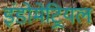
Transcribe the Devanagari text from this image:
इंडोमेट्रियल